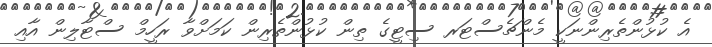
އެ ކުޅުންތެރިންނަކީ މެންޗެސްޓަރ ސިޓީގެ ތިން ކުޅުންތެރިން ކަމަށްވާ ރަހީމް ސްޓާލިން އާއި